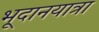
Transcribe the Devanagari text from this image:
भूदानयात्रा